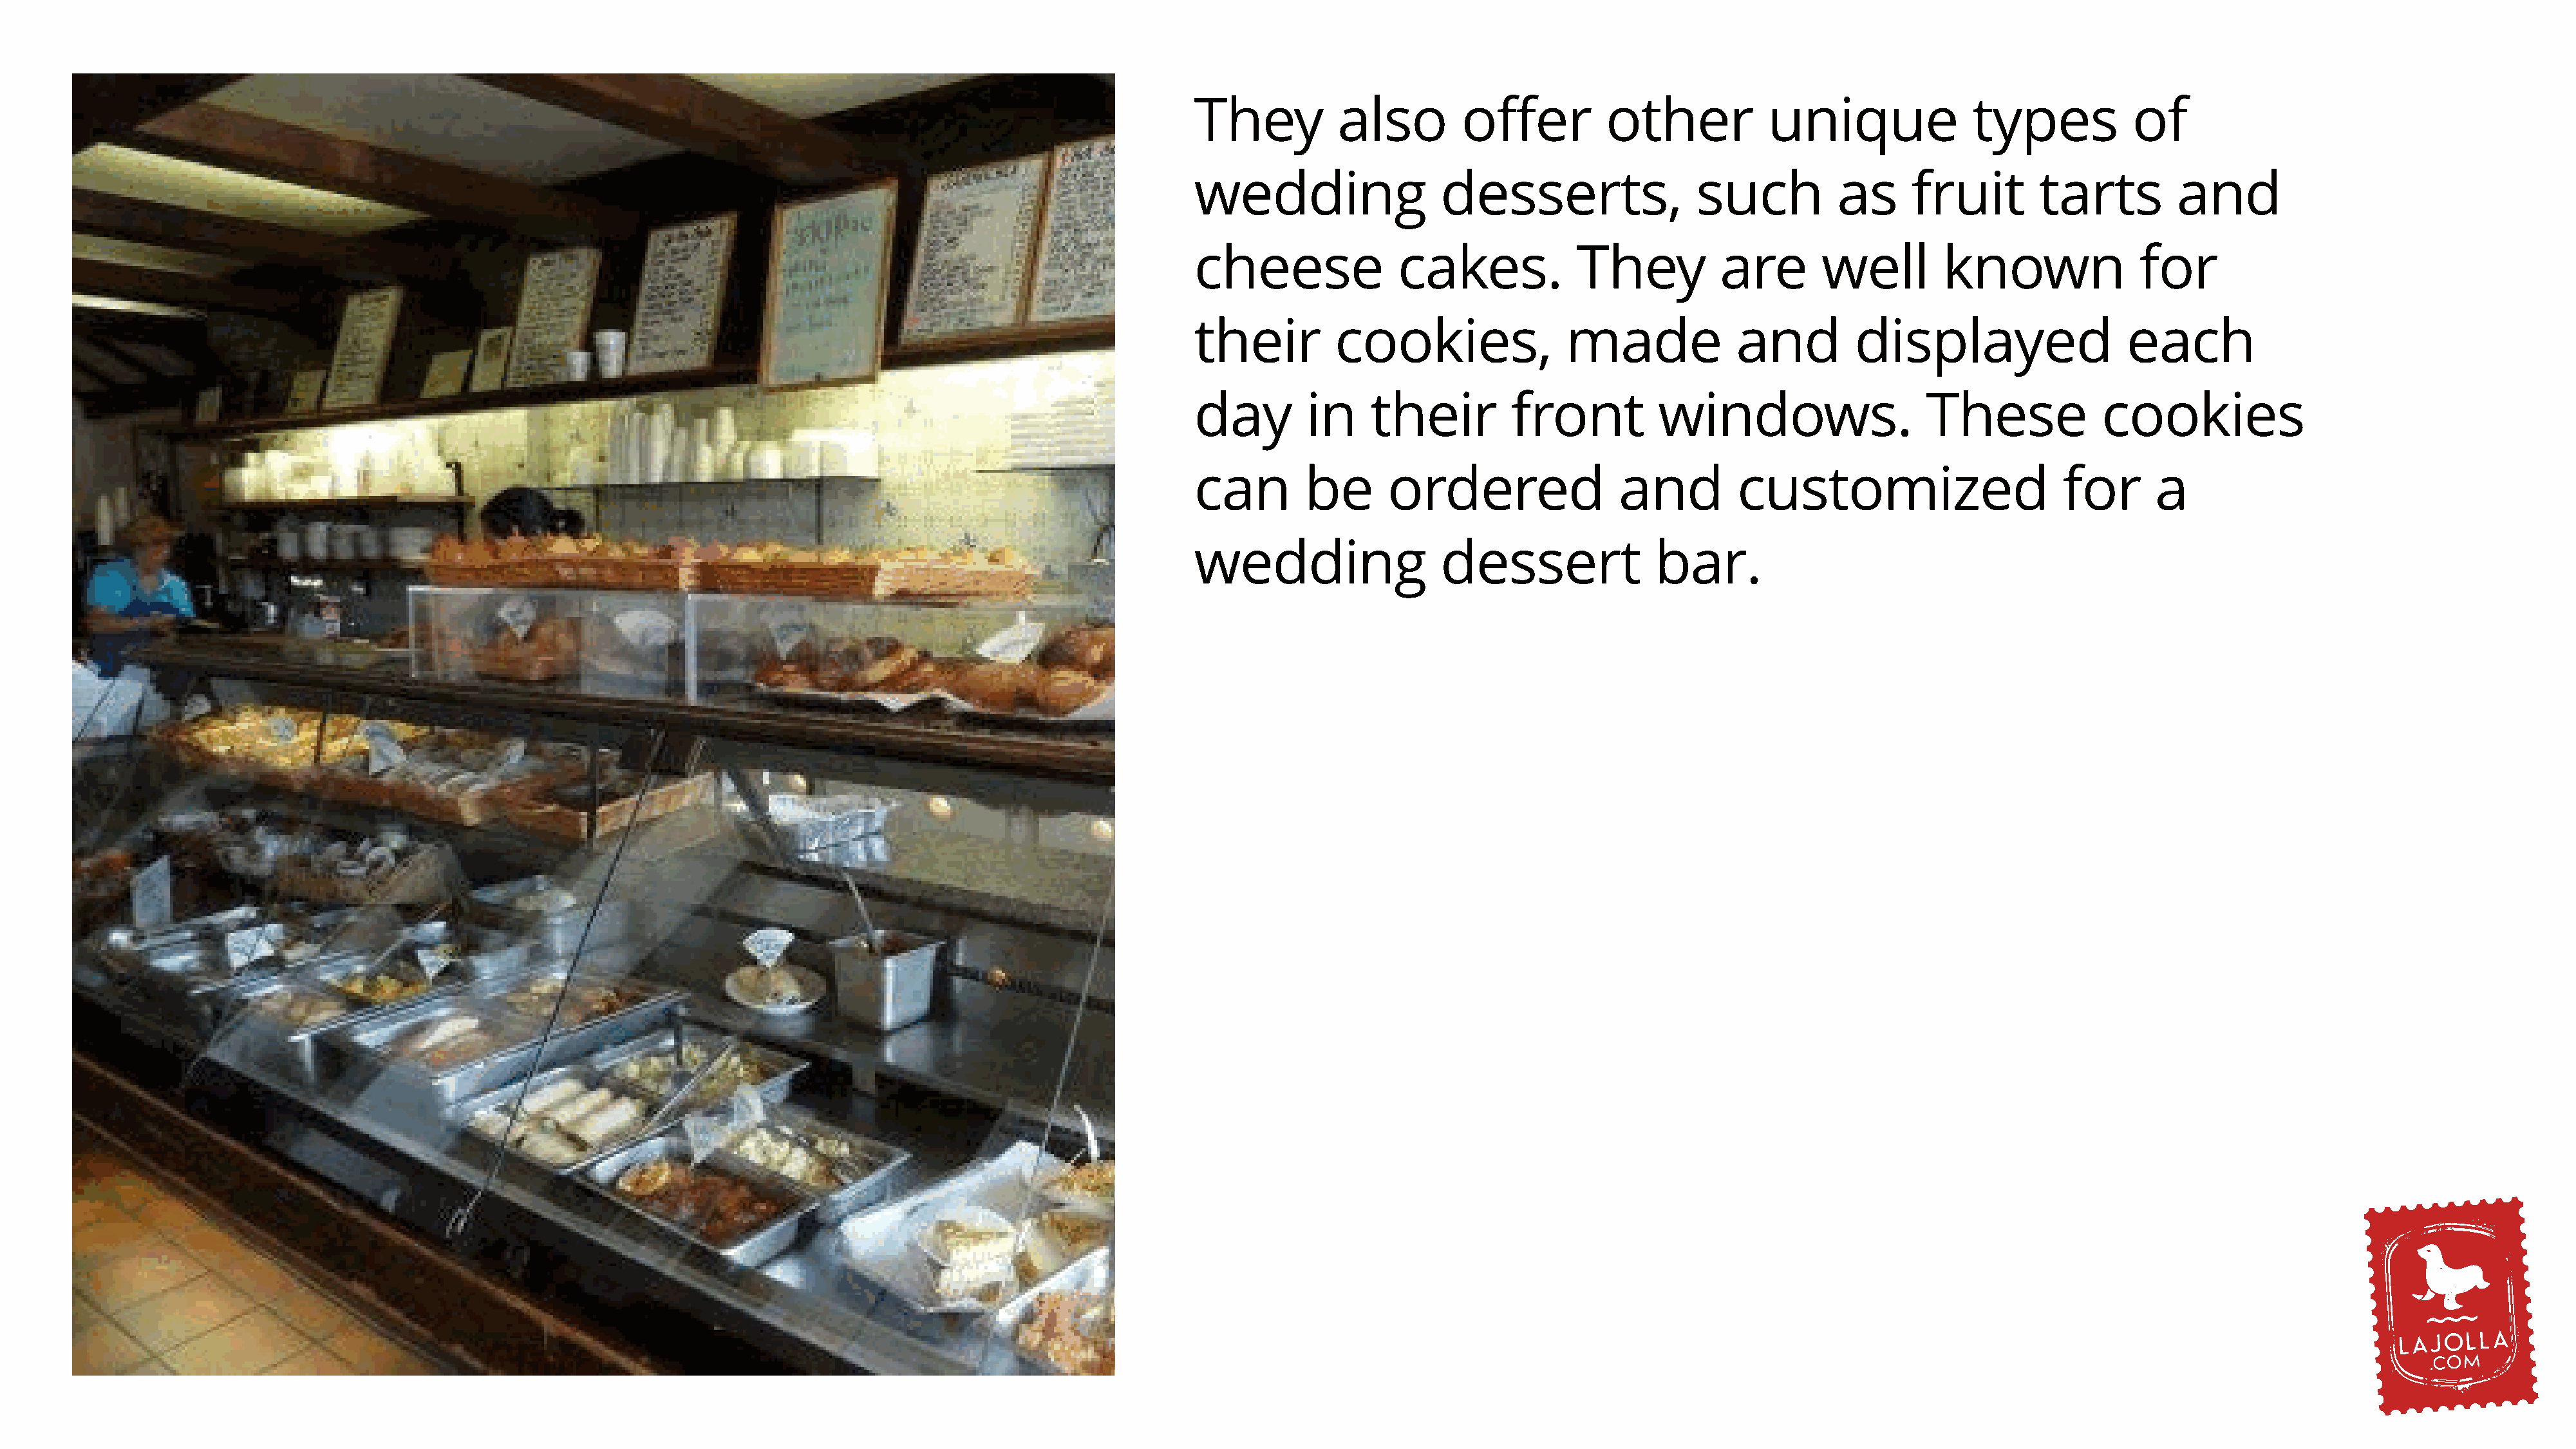
They          also         offer          other            unique               types           of
 wedding                  desserts,                 such           as      fruit        tarts         and
 cheese               cakes.            They           are       well         known               for
 their         cookies,                made             and          displayed                   each
 day        in     their         front          windows.                    These             cookies
 can        be       ordered                and          customized                       for       a
 wedding                  dessert               bar.